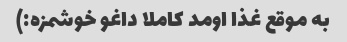
به موقع غذا اومد کاملا داغو خوشمزه:)